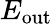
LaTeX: E_{\mathrm{out}}